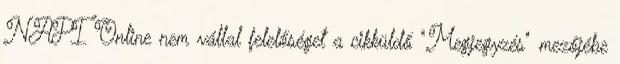
NAPI Online nem vállal felelőséget a cikküldő "Megjegyzés" mezőjébe